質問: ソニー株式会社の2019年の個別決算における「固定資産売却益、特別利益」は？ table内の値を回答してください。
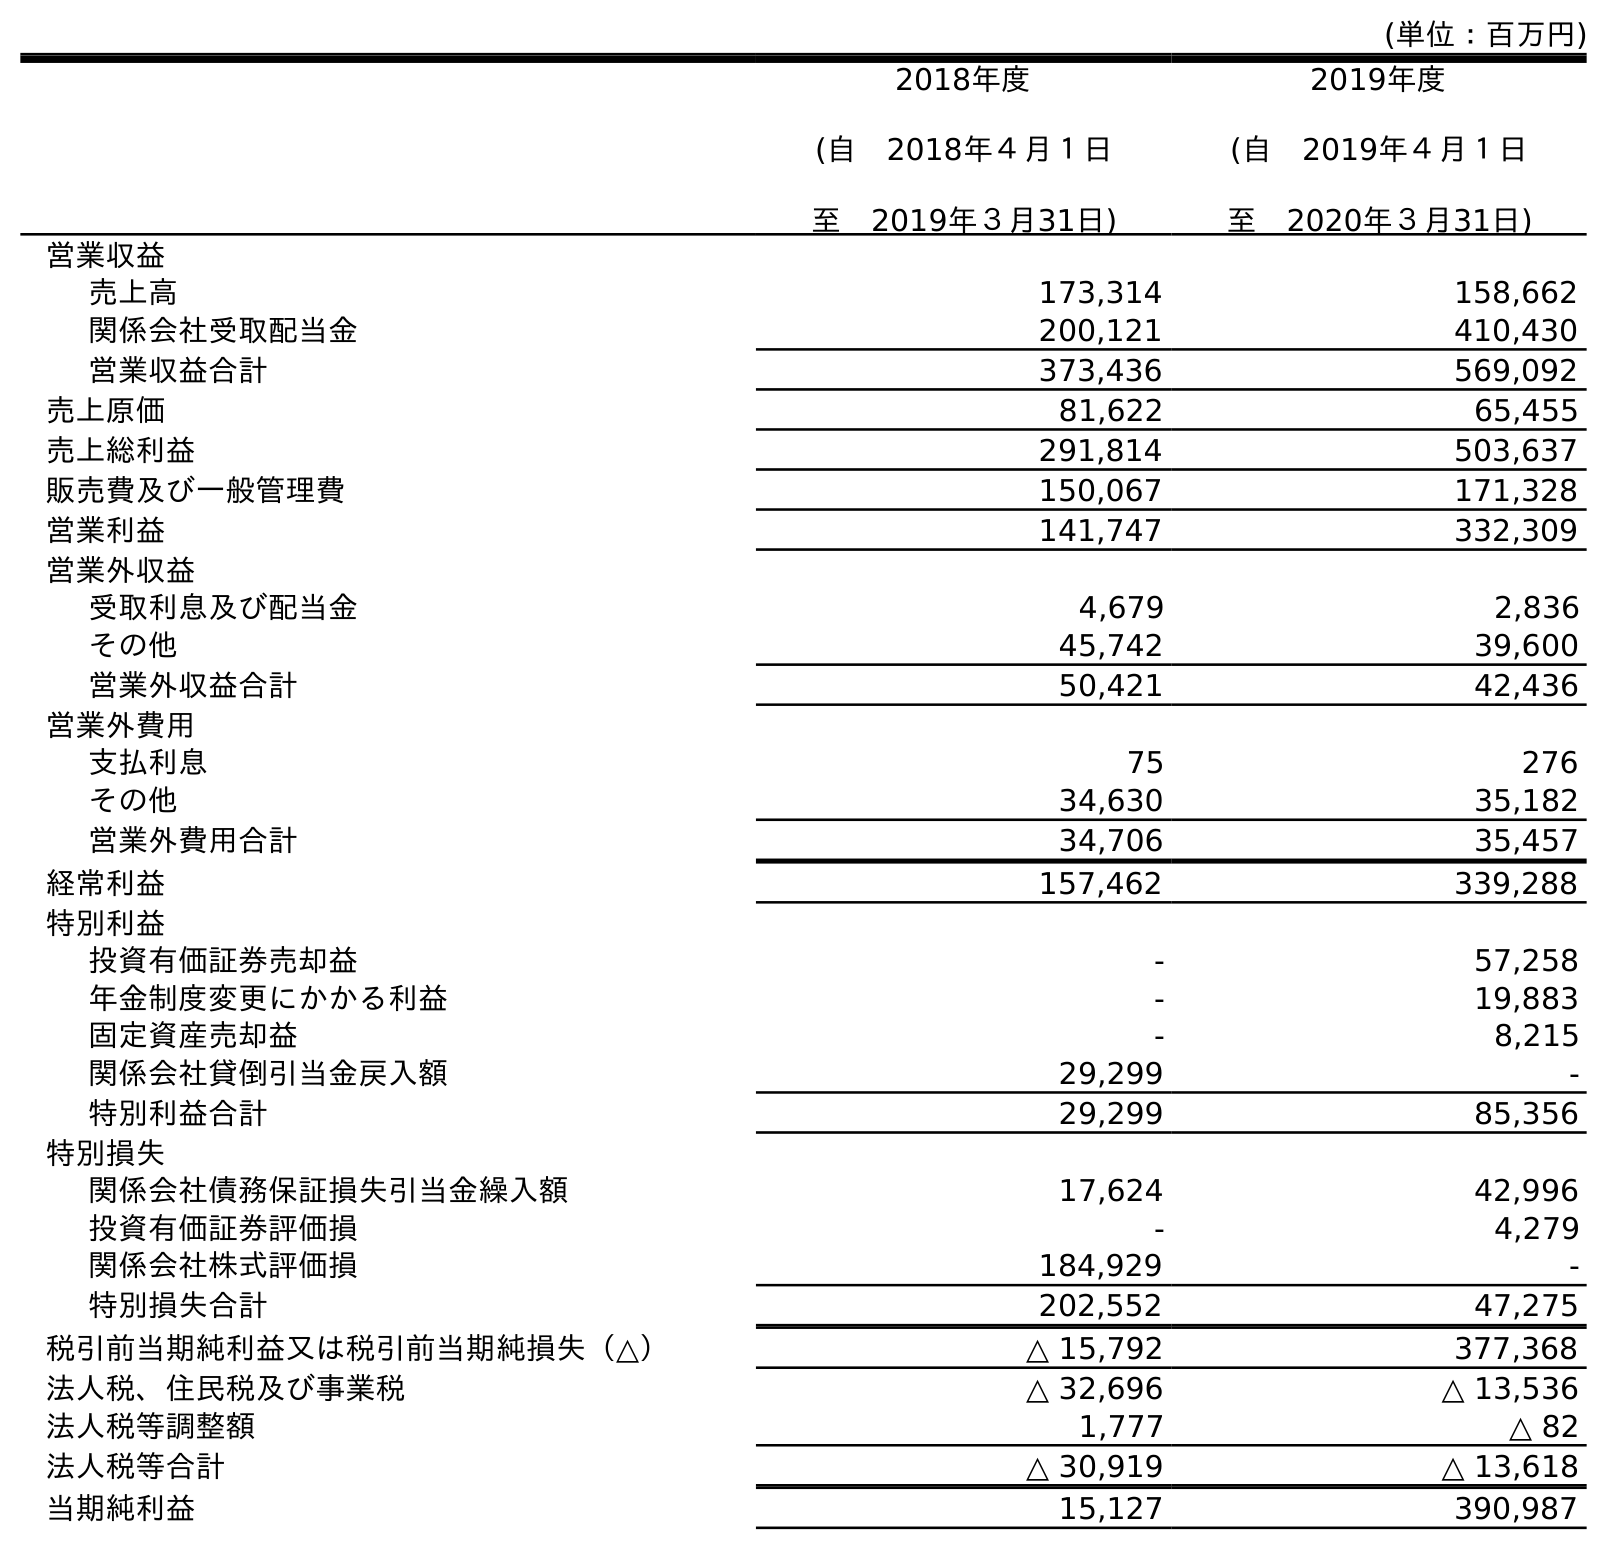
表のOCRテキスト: (単位：百万円) 2018年度 (自 2018年４月１日 至 2019年３月31日) 2019年度 (自 2019年４月１日 至 2020年３月31日) 営業収益 売上高 173,314 158,662 関係会社受取配当金 200,121 410,430 営業収益合計 373,436 569,092 売上原価 81,622 65,455 売上総利益 291,814 503,637 販売費及び一般管理費 150,067 171,328 営業利益 141,747 332,309 営業外収益 受取利息及び配当金 4,679 2,836 その他 45,742 39,600 営業外収益合計 50,421 42,436 営業外費用 支払利息 75 276 その他 34,630 35,182 営業外費用合計 34,706 35,457 経常利益 157,462 339,288 特別利益 投資有価証券売却益 - 57,258 年金制度変更にかかる利益 - 19,883 固定資産売却益 - 8,215 関係会社貸倒引当金戻入額 29,299 - 特別利益合計 29,299 85,356 特別損失 関係会社債務保証損失引当金繰入額 17,624 42,996 投資有価証券評価損 - 4,279 関係会社株式評価損 184,929 - 特別損失合計 202,552 47,275 税引前当期純利益又は税引前当期純損失（△） △ 15,792 377,368 法人税、住民税及び事業税 △ 32,696 △ 13,536 法人税等調整額 1,777 △ 82 法人税等合計 △ 30,919 △ 13,618 当期純利益 15,127 390,987
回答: -